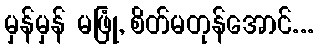
မှန်မှန် မဖြုံ, စိတ်မတုန်အောင်...